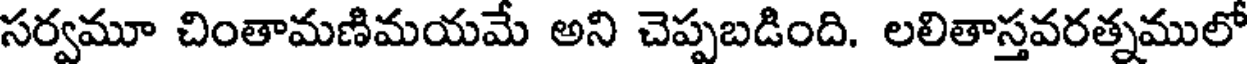
సర్వమూ చింతామణిమయమే అని చెప్పబడింది. లలితాస్తవరత్నములో